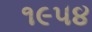
૧૯૫૪